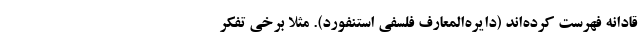
قادانه فهرست کرده‌اند (دایره‌المعارف فلسفی استنفورد). مثلاً برخی تفکر